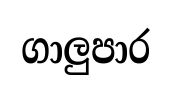
ගාලුපාර